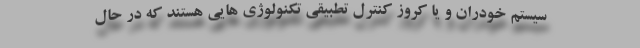
سیستم خودران و یا کروز کنترل تطبیقی تکنولوژی هایی هستند که در حال